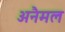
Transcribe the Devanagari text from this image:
अनैमल